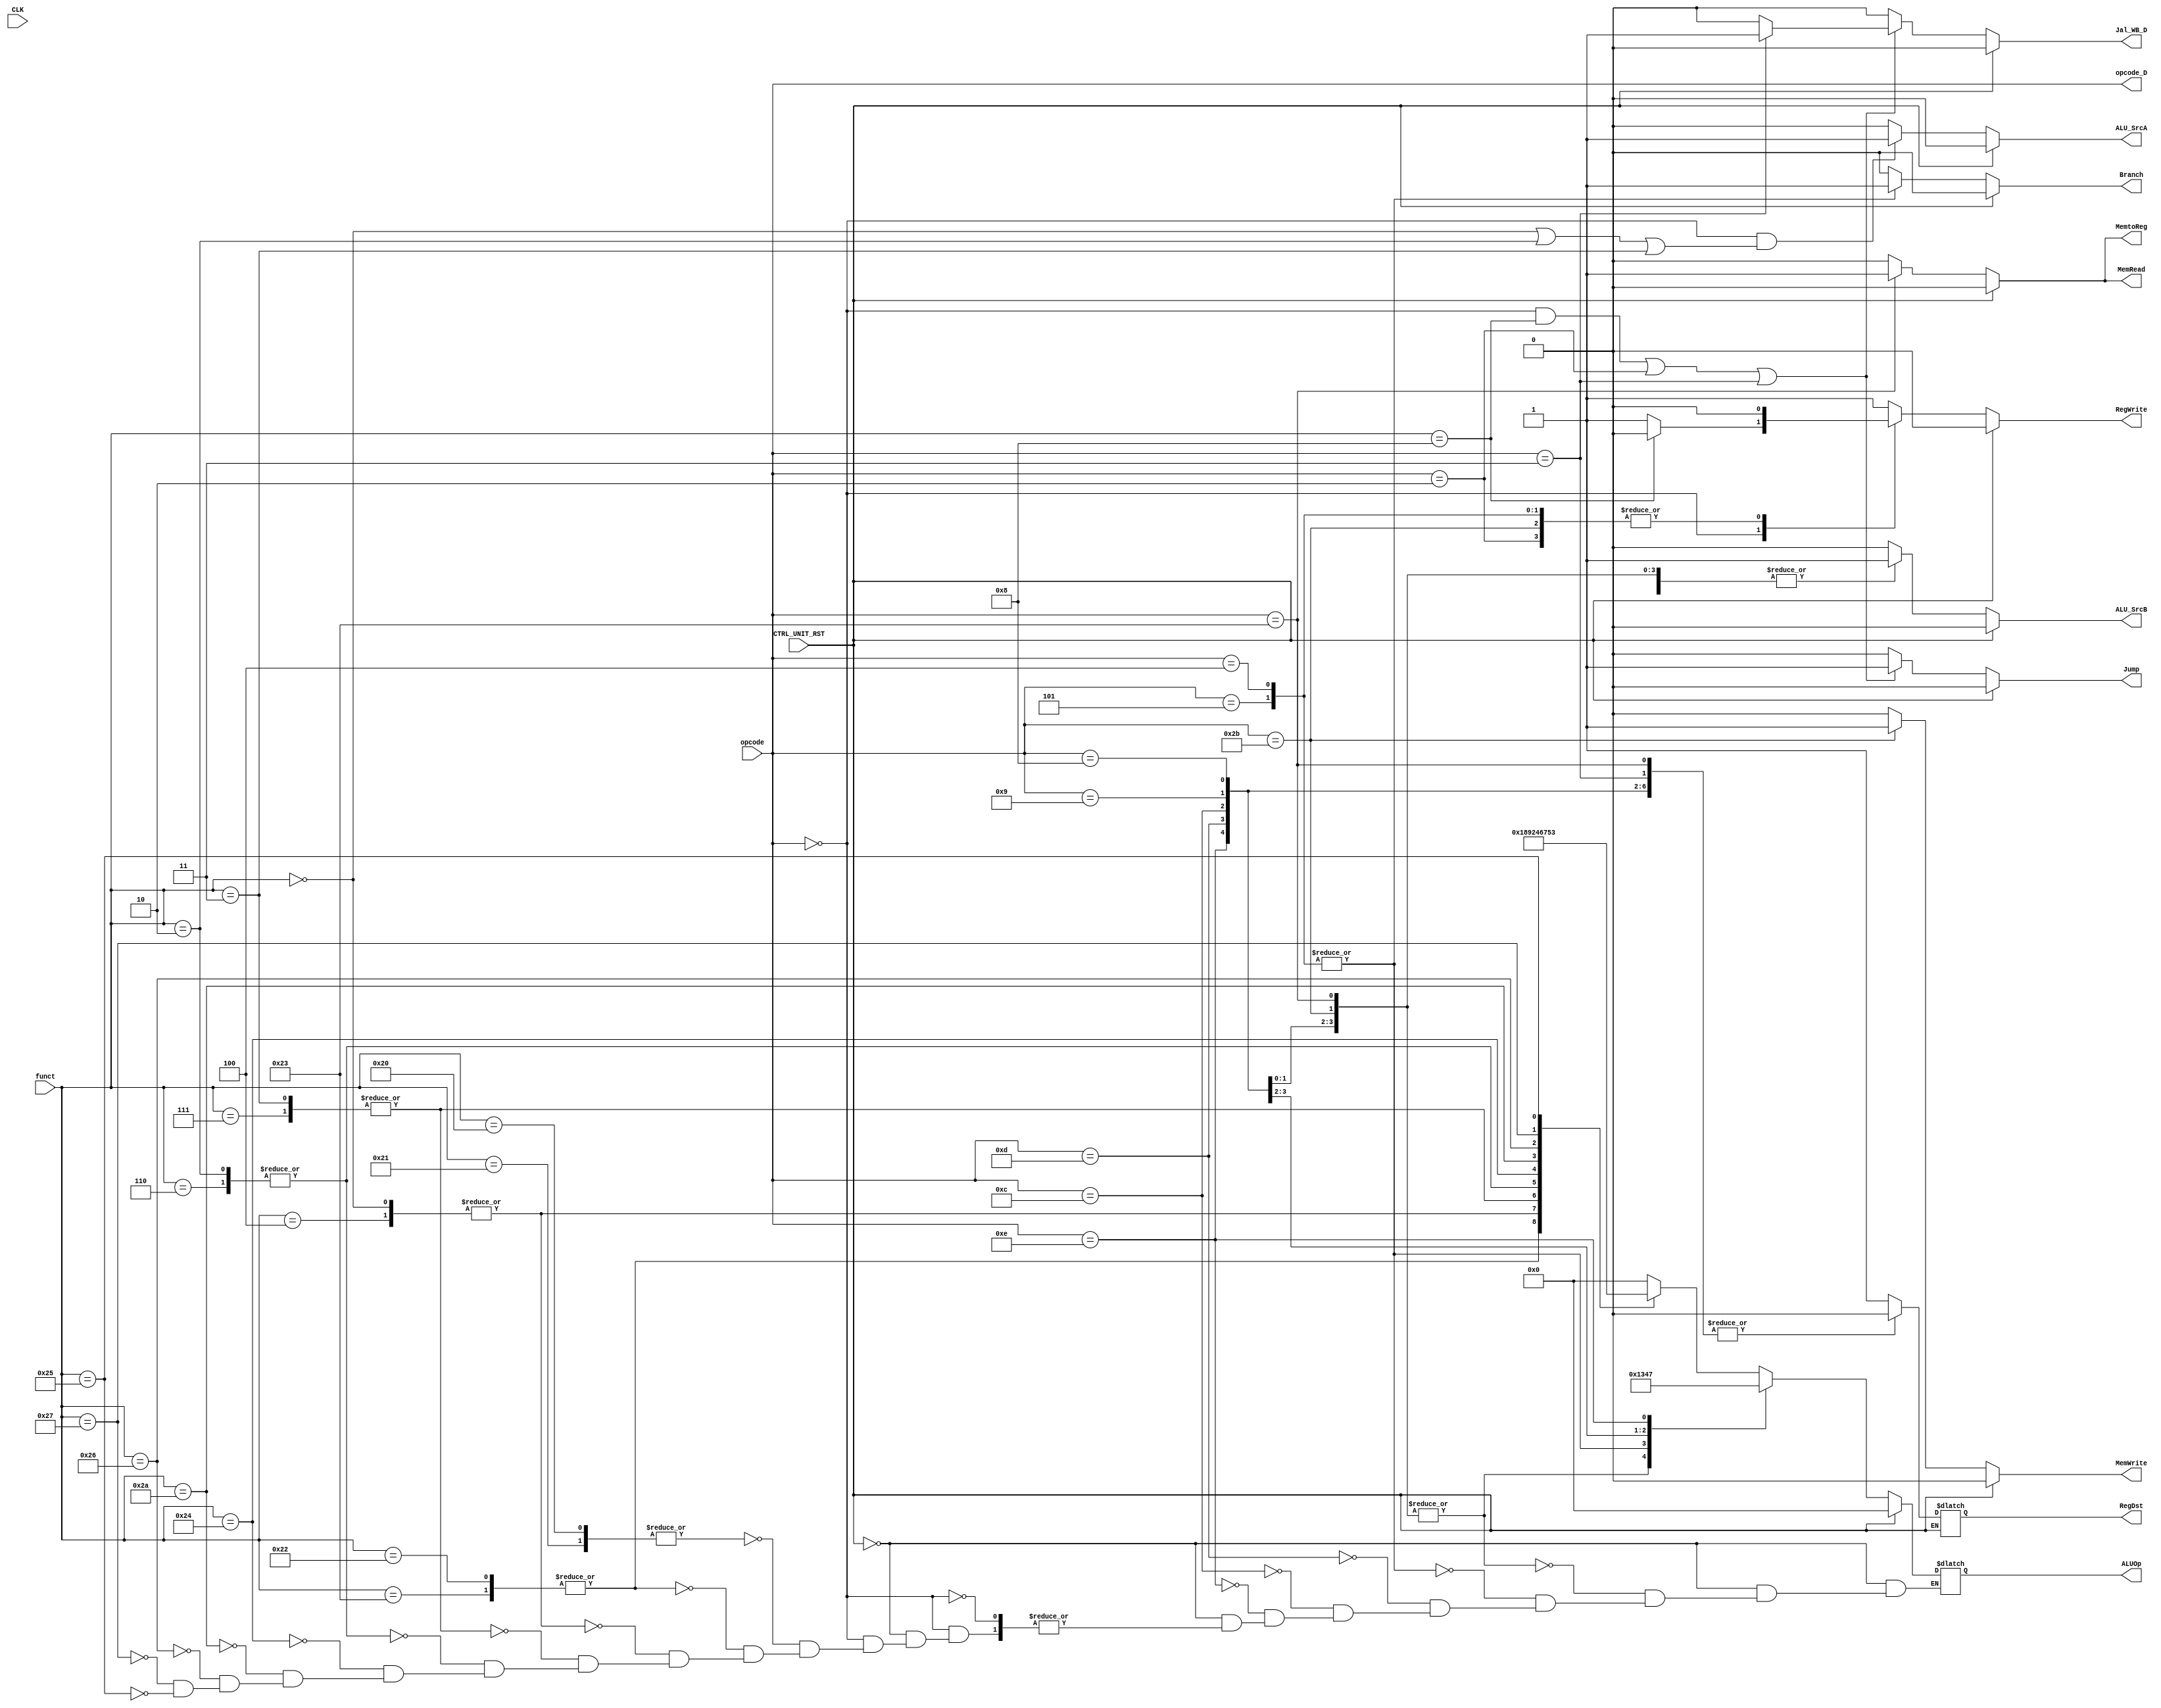
// ALU opcode table
    `define ALU_OP_ADD 4'b0000
    `define ALU_OP_SUB 4'b0001
    `define ALU_OP_SRL 4'b0010
    `define ALU_OP_OR  4'b0011
    `define ALU_OP_AND 4'b0100
    `define ALU_OP_NOR 4'b0101
    `define ALU_OP_SLT 4'b0110
    `define ALU_OP_XOR 4'b0111
    `define ALU_OP_SLL 4'b1000
    `define ALU_OP_SRA 4'b1001
// Funct table
    `define FCT_ADD 6'h20 
    `define FCT_ADDU 6'h21 
    `define FCT_SUB 6'h22
    `define FCT_SUBU 6'h23
    `define FCT_AND 6'h24
    `define FCT_OR 6'h25
    `define FCT_XOR 6'h26
    `define FCT_NOR 6'h27
    `define FCT_SLT 6'h2a
    `define FCT_SLTU 6'h2b
    `define FCT_SLL 6'h0
    `define FCT_SLLV 6'h4
    `define FCT_SRL 6'h2
    `define FCT_SRLV 6'h6
    `define FCT_SRA 3'h3
    `define FCT_SRAV 6'h7
    `define FCT_JR 6'h8
// Opcode table
    `define OP_ANDI 6'hc
    `define OP_ADDI 6'h8 
    `define OP_ADDIU 6'h9
    `define OP_ORI 6'hd
    `define OP_SLTI 6'ha
    `define OP_XORI 6'he

    `define OP_SW 6'h2b
    `define OP_LW 6'h23
    `define OP_BEQ 6'h4
    `define OP_BNE 6'h5
    `define OP_J 6'h2
    `define OP_JAL 6'h3


module control_unit(
    input CLK,
    input wire [5:0] opcode, 
    input wire [5:0] funct,
    input CTRL_UNIT_RST,
    output RegDst,
    output Jump,
    output Branch,
    output MemRead,
    output MemtoReg,
    output RegWrite,
    output MemWrite,
   
    output wire [3:0] ALUOp,
    output ALU_SrcA,
    output ALU_SrcB,
    output reg [5:0] opcode_D,
    output reg Jal_WB_D);

    reg RegDst_reg;     assign RegDst = RegDst_reg;
    reg MemRead_reg;    assign MemRead  = MemRead_reg;
    reg MemWrite_reg;   assign MemWrite = MemWrite_reg;
    reg MemtoReg_reg;   assign MemtoReg = MemtoReg_reg;
    reg RegWrite_reg;   assign RegWrite = RegWrite_reg; 
    reg [3:0] ALUOp_reg;assign ALUOp    = ALUOp_reg ;
    reg ALU_SrcA_reg;   assign ALU_SrcA = ALU_SrcA_reg;
    reg ALU_SrcB_reg;   assign ALU_SrcB = ALU_SrcB_reg;
    reg Branch_reg;     assign Branch   = Branch_reg;
    reg Jump_reg;       assign Jump     = Jump_reg;

    initial begin
        MemRead_reg  = 0;
        MemWrite_reg = 0;
        MemtoReg_reg = 0;
        RegWrite_reg = 0;
        ALUOp_reg    = 0;
        ALU_SrcA_reg = 0;
        ALU_SrcB_reg = 0;
        Branch_reg   = 0; 
        Jump_reg     = 0;
        opcode_D     = 0;
        Jal_WB_D     = 0;
    end

    always @(*) begin
        #1
        $display("control unit");
        opcode_D = opcode;
// do the ALU_OP classification

        if(CTRL_UNIT_RST == 1)begin
            $display("reset...");
            MemRead_reg  = 0;
            MemWrite_reg = 0;
            MemtoReg_reg = 0;
            RegWrite_reg = 0;
            ALUOp_reg    = 0;
            ALU_SrcA_reg = 0;
            ALU_SrcB_reg = 0;
            Branch_reg   = 0; 
            Branch_reg   = 0;
            Jump_reg     = 0;
            Jal_WB_D     = 0;
        end
        else begin
            $display("opcode        == %h", opcode);
    // do ALUOp
            if(opcode == 6'b000000) begin
                case(funct)
                    `FCT_ADD, `FCT_ADDU: ALUOp_reg = `ALU_OP_ADD;
                    `FCT_SUB, `FCT_SUBU: ALUOp_reg = `ALU_OP_SUB;
                    `FCT_SLL, `FCT_SLLV: ALUOp_reg = `ALU_OP_SLL;
                    `FCT_SRA, `FCT_SRAV: ALUOp_reg = `ALU_OP_SRA;
                    `FCT_SRL, `FCT_SRLV: ALUOp_reg = `ALU_OP_SRL;
                    `FCT_AND: ALUOp_reg = `ALU_OP_AND;
                    `FCT_SLT: ALUOp_reg = `ALU_OP_SLT;
                    `FCT_XOR: ALUOp_reg = `ALU_OP_XOR;
                    `FCT_NOR: ALUOp_reg = `ALU_OP_NOR;
                    `FCT_OR:  ALUOp_reg = `ALU_OP_OR;
                endcase
            end
            
            case (opcode)
                `OP_ADDI, `OP_ADDIU, `OP_SW, `OP_LW: ALUOp_reg = `ALU_OP_ADD;
                `OP_BEQ, `OP_BNE: ALUOp_reg = `ALU_OP_SUB;
                `OP_ORI:  ALUOp_reg = `ALU_OP_OR;
                `OP_ANDI: ALUOp_reg = `ALU_OP_AND;
                `OP_XORI: ALUOp_reg = `ALU_OP_XOR;
            endcase
    
    // do the RegDst classification
        // JAL in ID stage is b'00; 
        // ADDI, ADDIU, ANDI, ORI, XORI, SLTI and LW in WB stage are b'01; 
        // otherwise, they are ALL b'10
            case (opcode)
                `OP_ADDI, `OP_ADDIU, `OP_ANDI, `OP_ORI, `OP_XORI,
                `OP_LW:RegDst_reg = 2'b00;
                `OP_JAL: RegDst_reg = 2'b00;
                default: RegDst_reg = 2'b01;
            endcase
    
            MemRead_reg = opcode  == `OP_LW ? 1 : 0;
            MemWrite_reg = opcode == `OP_SW ? 1 : 0;
            MemtoReg_reg = opcode == `OP_LW ? 1 : 0;
    
    // do the RegWrite register file write enable 
            case (opcode)
                6'b000000:
                    case (funct)
                        `FCT_JR: RegWrite_reg = 0;
                        default: RegWrite_reg = 1;
                    endcase
                `OP_SW, `OP_BEQ, `OP_BNE, `OP_J: RegWrite_reg = 0;
                default: RegWrite_reg = 1;
            endcase
    // do the ALU_src_A_reg: sll has special ALU_src_A
            ALU_SrcA_reg = (opcode == 0 && 
            (funct == `FCT_SLL | funct == `FCT_SRL | funct == `FCT_SRA)) ? 1 :0;
    // do the ALU_SrcB_reg: I_format: ADDI, ADDIU,ANDI,ORI,XORI,SW ,LW  ALU_SRC_B -> imm
            case (opcode)
                `OP_ADDI, `OP_ADDIU,`OP_ANDI, `OP_ORI, `OP_XORI, `OP_SW, `OP_LW: 
                ALU_SrcB_reg =  1;
                default:  ALU_SrcB_reg = 0;
            endcase
    // do the Jump classification
            if((opcode == 0 & funct == `FCT_JR)
            | opcode == `OP_J
            | opcode == `OP_JAL)begin
                $display("");
                Jump_reg = 1;

            // do the Jal_WB_D

                if(opcode == `OP_JAL)begin
                    Jal_WB_D = 1;
                    $display("jal");
                end
                else begin
                    Jal_WB_D = 0;
                end
            end

            else begin
                Jump_reg = 0;
                Jal_WB_D = 0;
            end
    // do the branch
            case (opcode)
                `OP_BEQ,`OP_BNE: Branch_reg = 1; 
                default:  Branch_reg = 0;
            endcase
    // 
        end
    

    end
endmodule